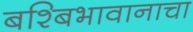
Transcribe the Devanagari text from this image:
बश्बिभावानाचा